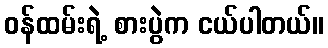
ဝန်ထမ်းရဲ့ စားပွဲက ငယ်ပါတယ်။